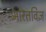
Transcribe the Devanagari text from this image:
भारतविज्ञ